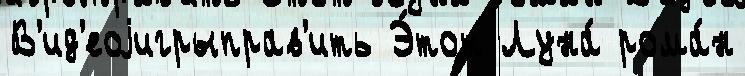
В'ид'еоjигрыправ'ить Э́тот Луна́ рома́н